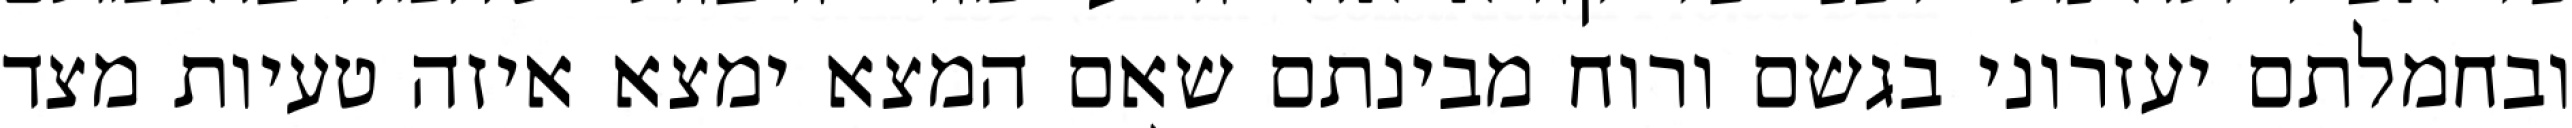
ובחמלתם יעזרוני בגשם ורוח מבינתם שאם המצא ימצא איזה טעיות מצד